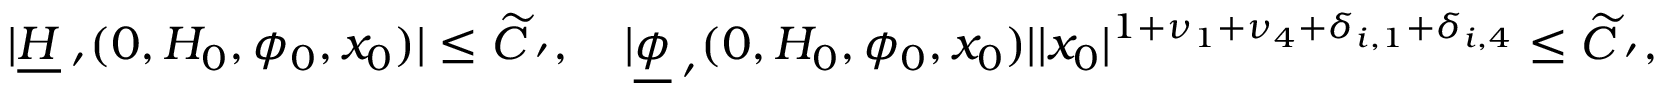
\begin{array} { r } { \vert \underline { H } _ { \mathbf \nu ^ { \prime } } ( 0 , H _ { 0 } , \phi _ { 0 } , x _ { 0 } ) \vert \le \widetilde C _ { \mathbf \nu ^ { \prime } } , \quad \vert \underline { \phi } _ { \mathbf \nu ^ { \prime } } ( 0 , H _ { 0 } , \phi _ { 0 } , x _ { 0 } ) \vert \vert x _ { 0 } \vert ^ { 1 + \nu _ { 1 } + \nu _ { 4 } + \delta _ { i , 1 } + \delta _ { i , 4 } } \le \widetilde C _ { \mathbf \nu ^ { \prime } } , } \end{array}